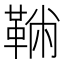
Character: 𩋇